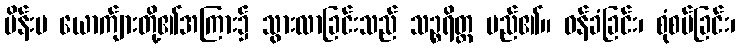
မိန်းမ ယောက်ျားတို့၏အကြား၌ သွားလာခြင်းသည် သဉ္စရိတ္တ မည်၏။ ဝန်ခံခြင်း၊ စုံစမ်ခြင်း၊